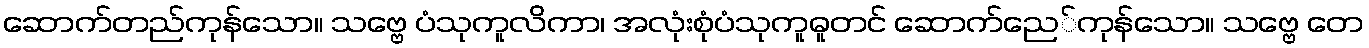
ဆောက်တည်ကုန်သော။ သဗ္ဗေ ပံသုကူလိကာ၊ အလုံးစုံပံသုကူဓူတင် ဆောက်ညေ်ကုန်သော။ သဗ္ဗေ တေ